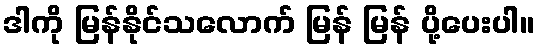
ဒါကို မြန်နိုင်သလောက် မြန် မြန် ပို့ပေးပါ။